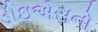
ડીઇએસનો